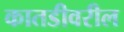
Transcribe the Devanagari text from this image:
कातडीवरील